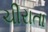
ચીરાતા